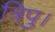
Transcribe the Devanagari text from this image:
त्रिपु।